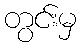
တွင်းမှ